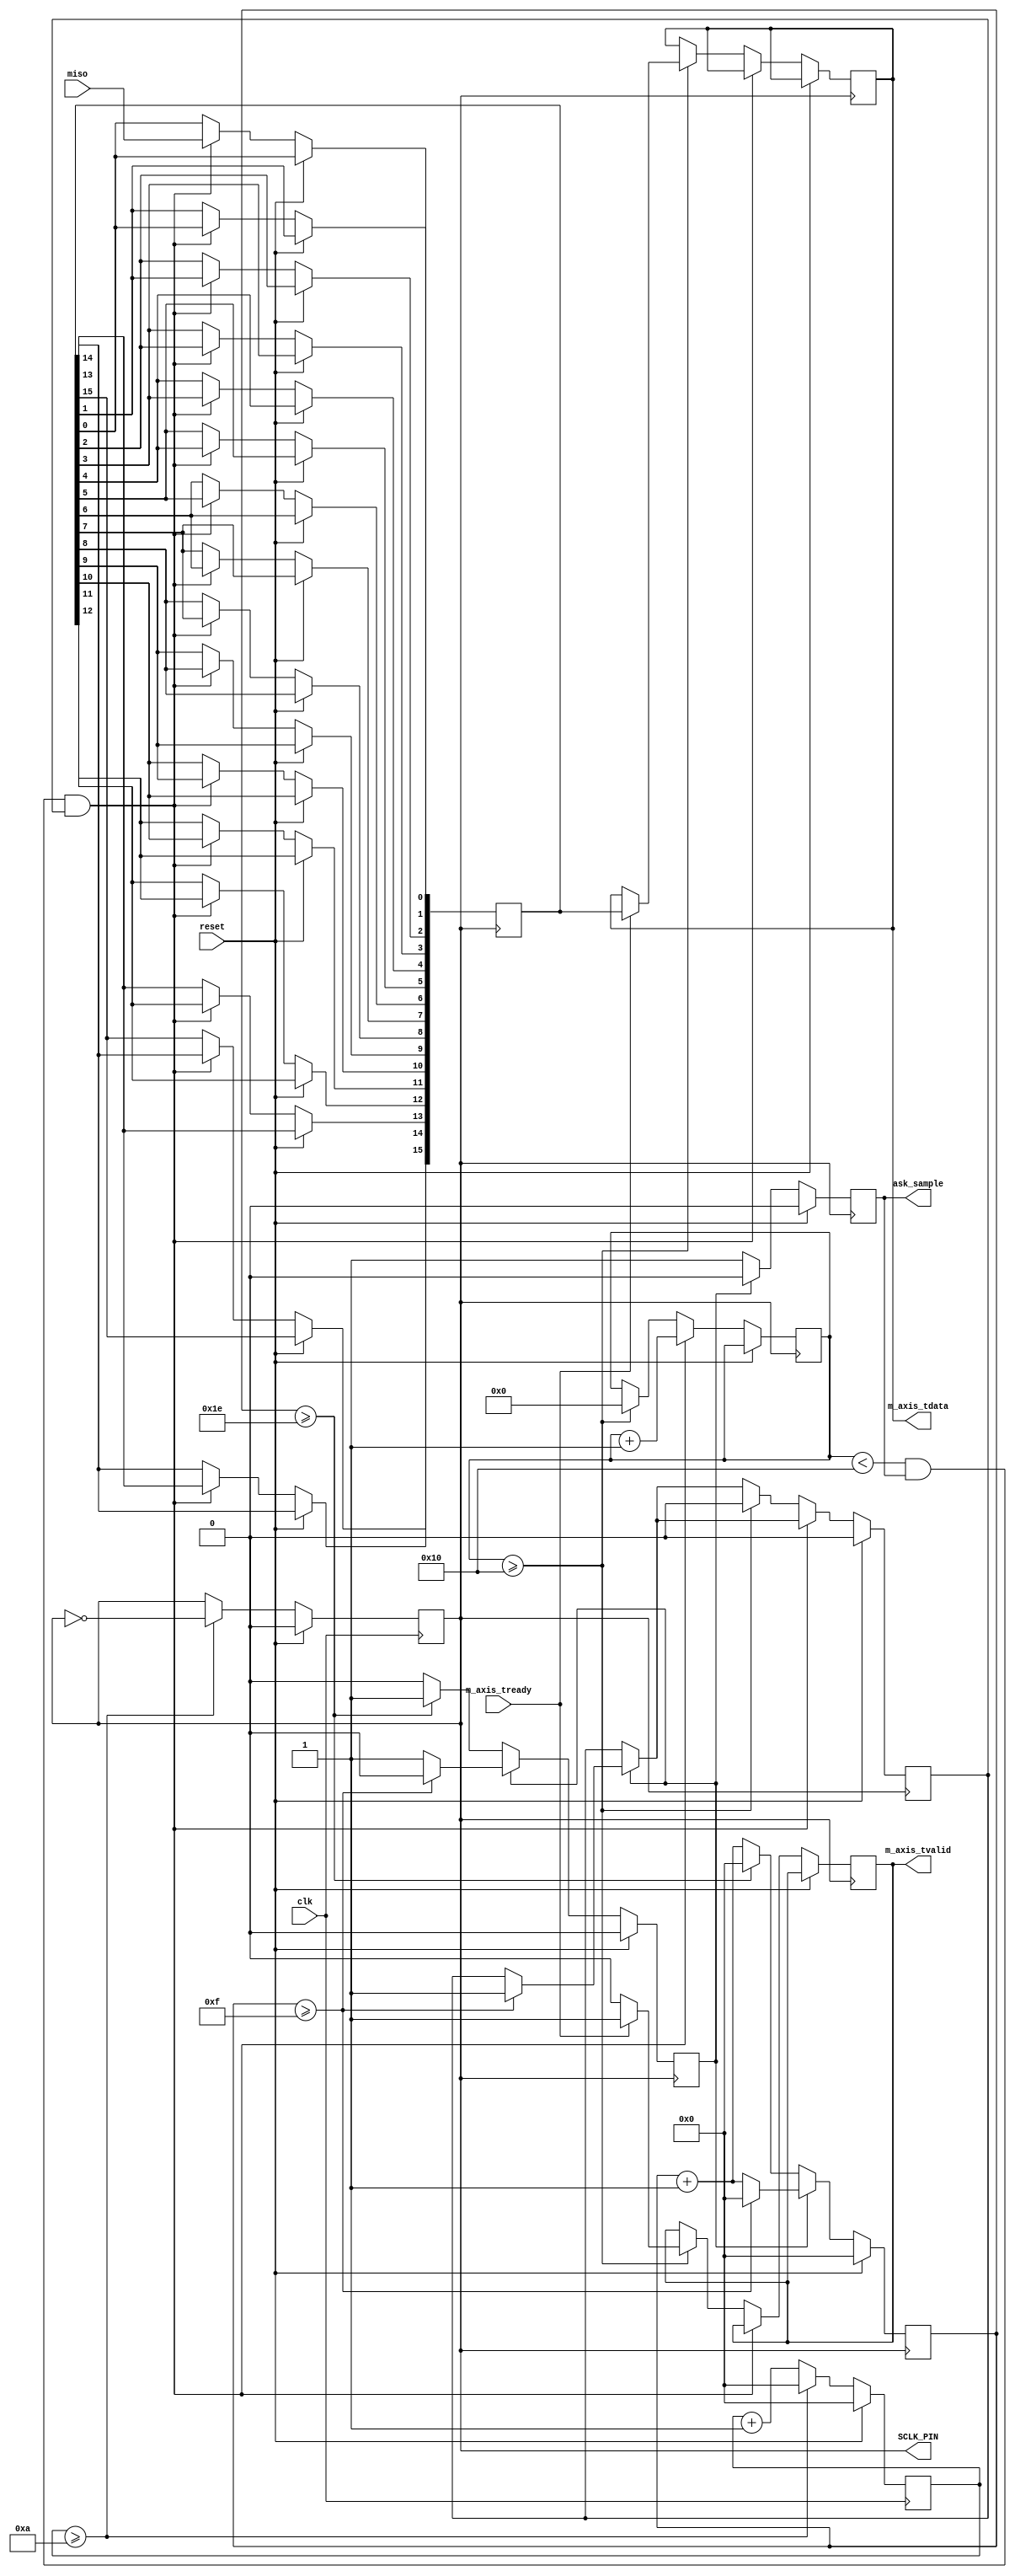
`timescale 1ns / 1ps
//////////////////////////////////////////////////////////////////////////////////
// Company: 
// 
// Design Name: 
// Module Name: axis_max1119x_adc
// Project Name: AXIS max1119x_adc
// Target Devices: 
// Tool Versions: 
// Description: 
// 
// Dependencies: 
// 
// Revision:
// Revision 0.01 - File Created
// Additional Comments:
// 
//////////////////////////////////////////////////////////////////////////////////


module axis_max1119x_adc(
    input wire clk,        // System clock
    input wire reset,      // Reset signal
    input wire miso,       // Master Input Slave Output
    output reg ask_sample,     // Chip Select output
    output reg SCLK_PIN,    // Serial Clock output
    
    // AXIS Master interface
    input wire m_axis_tready,      // AXIS ready signal
    output reg [15:0] m_axis_tdata, // AXIS data output
    output reg m_axis_tvalid      // AXIS valid signal    
);

    // Timer constants
    parameter ASK_SAMPLE_OFF = 30; // 0.1-second interval (100 ms)
    parameter ASK_SAMPLE_ON = 15; // 500 ms interval
    parameter PER_SCLK = 10;

    // Timer variables
    reg [31:0] counter;
    reg [31:0] counter_sclk;
    reg state;
    
    // Shift register for data collection
    reg [15:0] shift_reg;
    reg [4:0] bit_count;
    
    // Aux
    reg read_data;

    // Initialization
    initial begin
        counter <= 0;
        state <= 0;
        counter_sclk <= 0;
        bit_count <= 5'd0;
        read_data <= 0; 
        SCLK_PIN <= 0;
        m_axis_tvalid <= 1; 
    end

    // Main logic
    always @(posedge clk) begin
        if (reset) begin 
            counter_sclk <= 0;
            SCLK_PIN <= 0;
        end else begin
            counter_sclk <= counter_sclk + 1;            
            if (counter_sclk >= PER_SCLK) begin
                counter_sclk <= 0;
                SCLK_PIN <= ~SCLK_PIN;
            end
        end        
    end
    
    always @(posedge SCLK_PIN) begin
        if (reset) begin 
            counter <= 0;
            ask_sample <= 0;
            state <= 0;
            read_data <=0;
        end else begin
            counter <= counter + 1;
            if (state == 0) begin
                ask_sample <= 1'b1;
                if (counter >= ASK_SAMPLE_OFF) begin
                    counter <= 0;
                    state <= 1;
                end
            end else begin
                ask_sample <= 1'b0;
                if (counter >= ASK_SAMPLE_ON) begin
                    counter <= 0;
                    state <= 0;
                    read_data <= 1;                                       
                end
            end
            if (bit_count < 16 && ask_sample && read_data) begin    
                // Shift each bit to the left and insert miso at the least significant bit
                shift_reg[15] <= shift_reg[14];
                shift_reg[14] <= shift_reg[13];
                shift_reg[13] <= shift_reg[12];
                shift_reg[12] <= shift_reg[11];
                shift_reg[11] <= shift_reg[10];
                shift_reg[10] <= shift_reg[9];
                shift_reg[9] <= shift_reg[8];
                shift_reg[8] <= shift_reg[7];
                shift_reg[7] <= shift_reg[6];
                shift_reg[6] <= shift_reg[5];
                shift_reg[5] <= shift_reg[4];
                shift_reg[4] <= shift_reg[3];
                shift_reg[3] <= shift_reg[2];
                shift_reg[2] <= shift_reg[1];
                shift_reg[1] <= shift_reg[0];
                shift_reg[0] <= miso; // Insert the new bit at the least significant position   
                bit_count <= bit_count + 1;
            end else if (bit_count >= 16) begin
                bit_count <= 0; // Reset bit counter for next data collection;
                read_data <= 0;
                if (m_axis_tready) begin
                    m_axis_tdata <= shift_reg;
                    m_axis_tvalid <= 1;                
                end else begin
                    m_axis_tvalid <= 0;
                end                
            end
        end       
    end    
    
endmodule